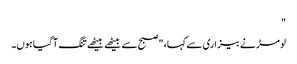
"
لومڑ نے بیزاری سے کہا، "صبح سے بیٹھے بیٹھے تنگ آ گیا ہوں۔